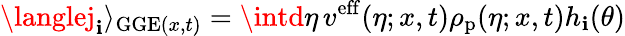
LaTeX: \langlej_{\mathbf{i}}\rangle_{\mathrm{{GGE}}(x,t)}=\intd\eta\, v^{\mathrm{{eff}}}(\eta;x,t)\rho_{\mathrm{{p}}}(\eta;x,t)h_{\mathbf{i}}(\theta)